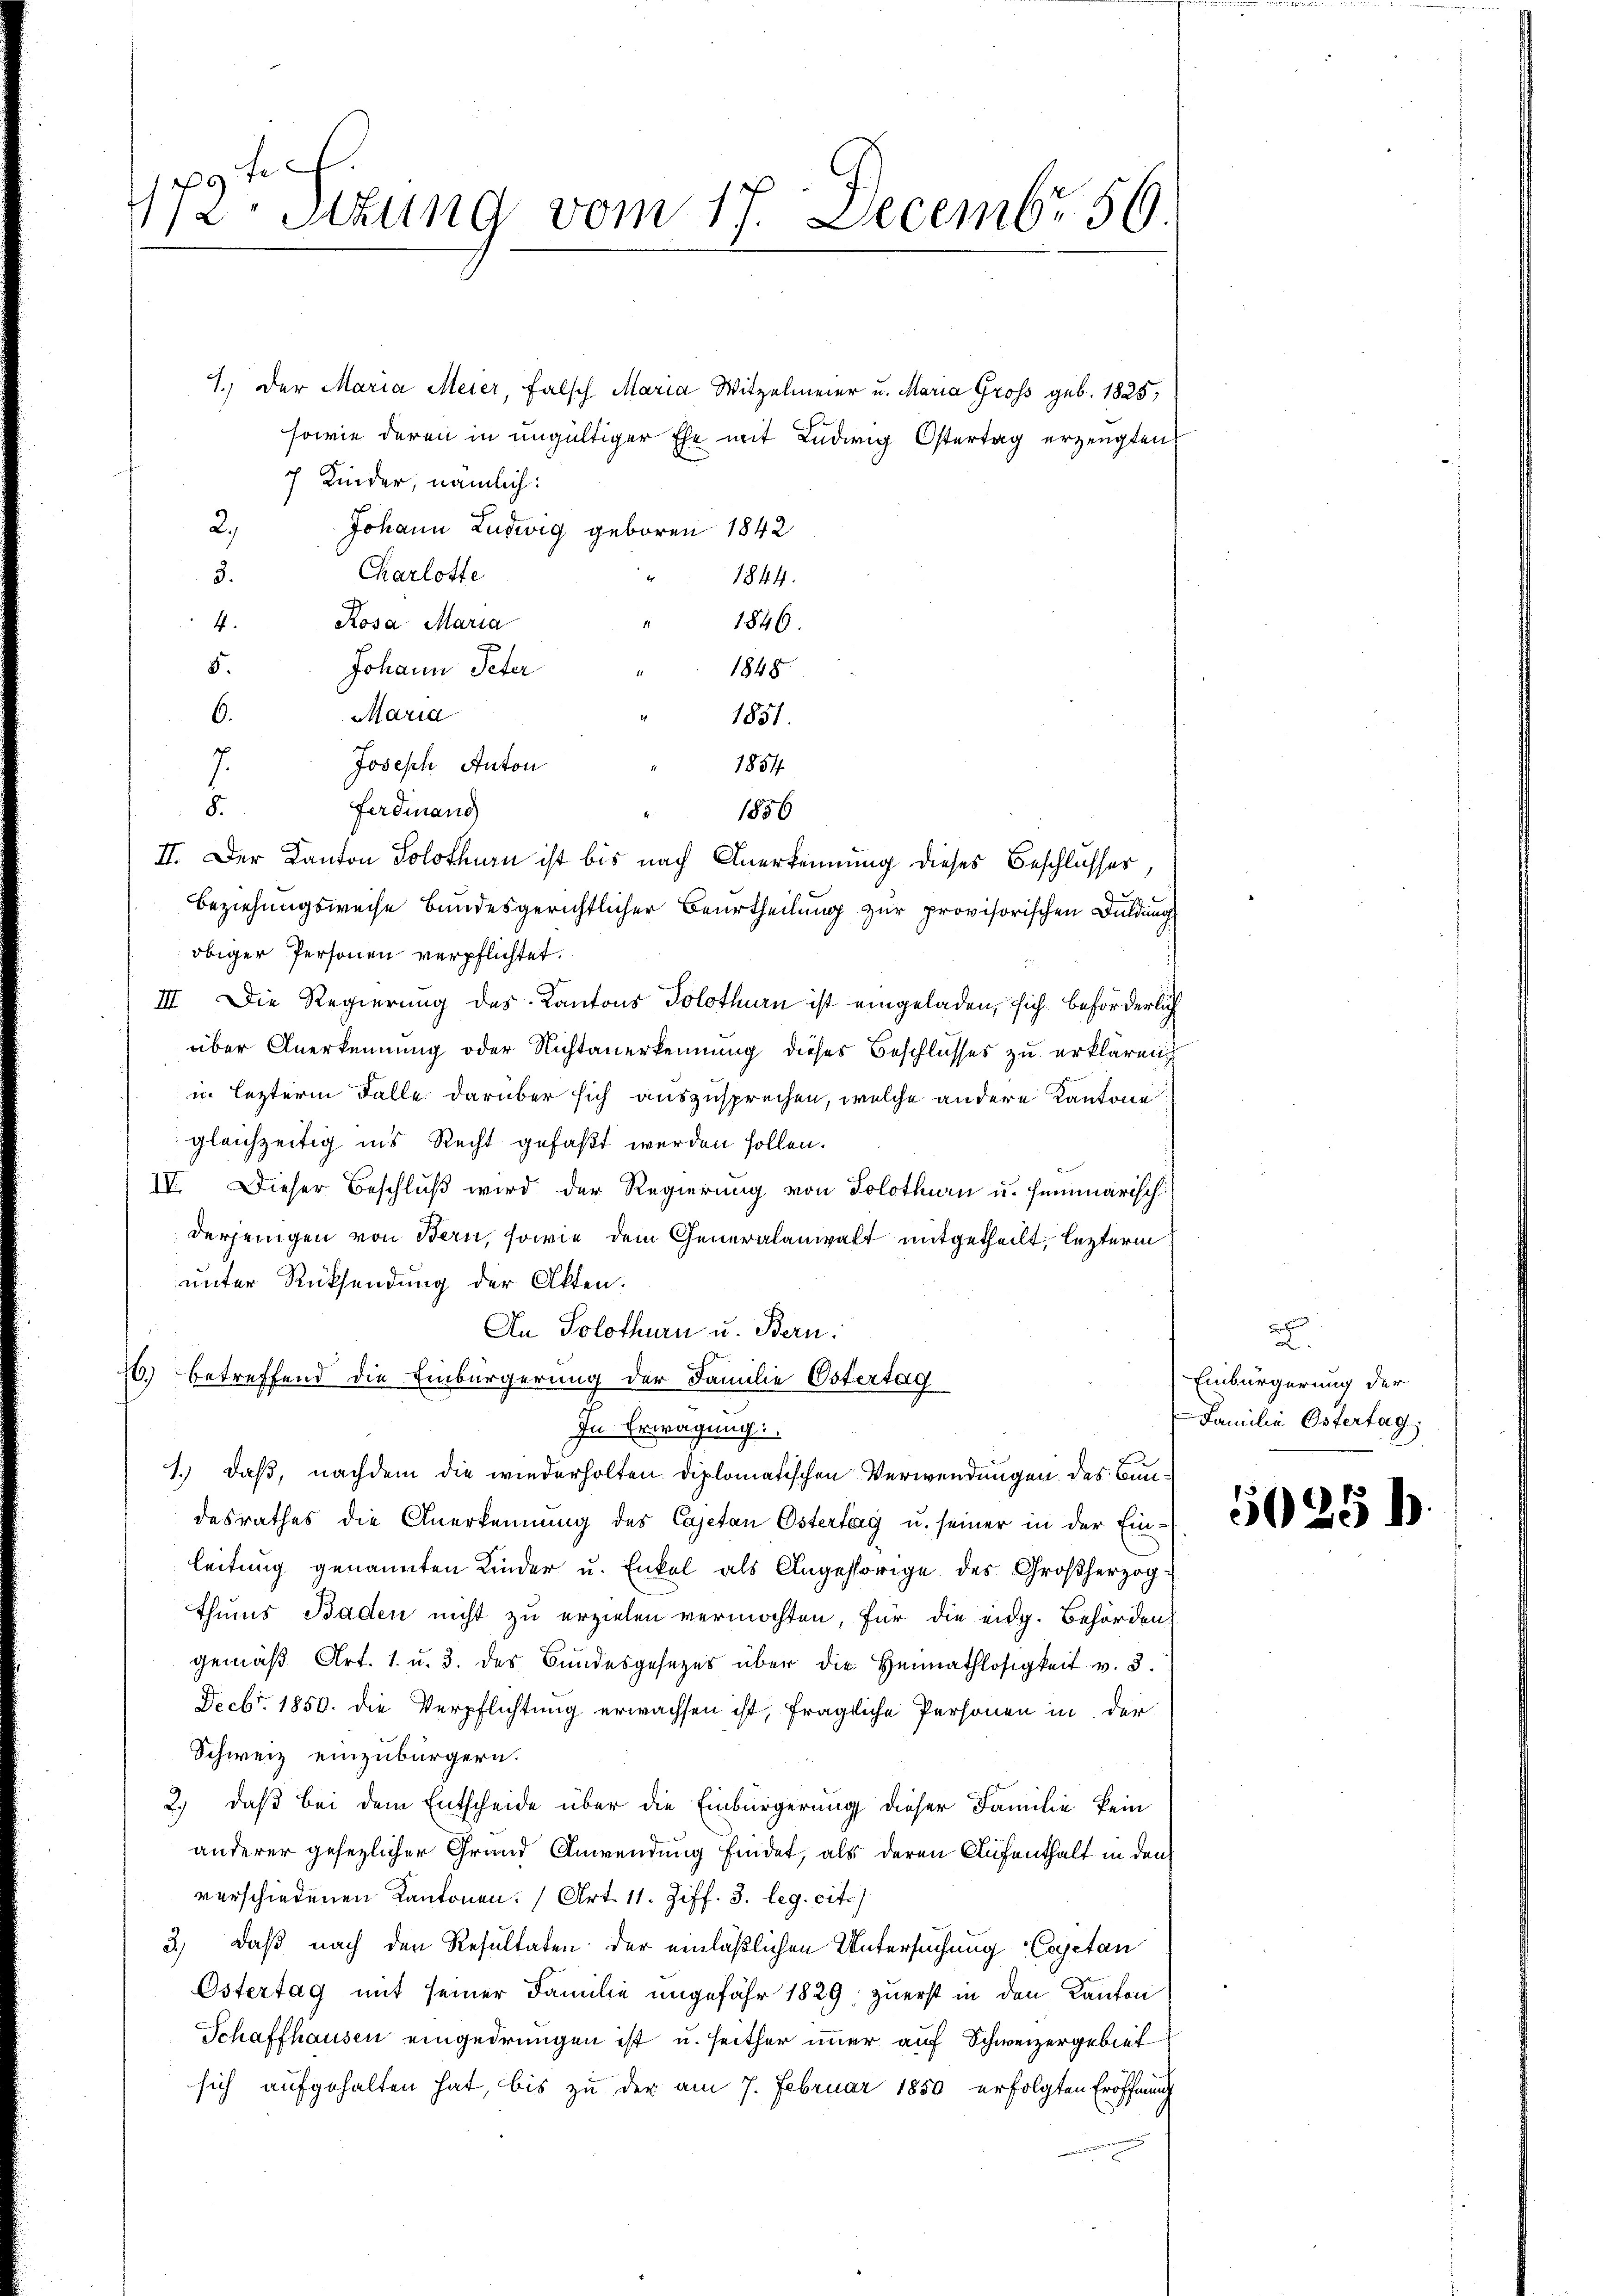
9 te
172. Sitzung vom 17. Decembr 56.

1., der Maria Meier, falsch Maria Witzelmeier u. Maria Gross geb. 1825,
sowie deren in ungültiger Ehe mit Ludwig Östertag erzeugten
7 Kinder, nämlich:
2,
Johann Ludwig geboren 1842
Charlotte
t
3.
1844.
4. Rosa Maria
1846.
4
5.
Johann Peter
1848
Maria
6.
" 1851.
Joseph Anton
1854
.
8.
Ferdinand
1856
II. Der Kanton Solothurn ist bis nach Anerkennung dieses Beschlusses
Beziehungsweise bundesgerichtlicher Beurtheilung zur provisorischen Duldung
obiger Personen verpflichtet.
III. Die Regierung des Kantons Solothurn ist eingeladen, sich beförderlich
über Anerkennung oder Nichtanerkennung dieses Beschlusses zu erklären,
in lezterm Falle darüber sich auszusprechen, welche andere Kantone
gleichzeitig in’s Recht gefaßt werden sollen.
IV. Dieser Beschluß wird der Regierung von Solothurn u. heimarisch
derjenigen von Bern, sowie dem Generalanwalt mitgetheilt, lezterm
unter Rücksendung der Akten.
An Solothurn u. Bern:
70.) betreffend die Einbürgerung der Familie Ostertag
In Erwägung:
1.) Daß, nachdem die wiederholten Diplomatischen Verwendungen des Bundesrathes die Anerkennung des Cajetan Östertag u. seiner in der Ein-
leitung genannten Kinder u. Enkel als Angeshörige des Großherzogthums Baden nicht zu erzielen vermöchten, für die eidg. Behörden
gemäβ Art. 1. u. 3. des Bundesgesetzes über die Heimathlosigkeit v. 3.
Fecbr. 1850. die Verpflichtung erwachsen ist, fragliche Personen in der
Schweiz einzubürgern.
2.) daß bei dem Entscheide über die Einbürgerung dieser Familie kein
anderer gesezlicher Grand Anwendung findet, als deren Aufenthalt in den
verschiedenen Kantonen: (Art. 11. Ziff. 3. leg. cit.)
3.) Daß nach den Resultaten der einläßlichen Untersuchung Cajetan
Ostertag mit seiner Familie ungefähr 1829, zuerst in den Kanton
Schaffhausen eingedrungen ist u. seither immer auf Schweizergebiet
sich aufgehalten hat, bis zu der am 7. Februar 1850 erfolgten Eröffnung

d
.
Einbürgerung der
Familie Ostertag

5025 h